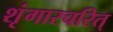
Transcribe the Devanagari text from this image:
शृंगारचरित्